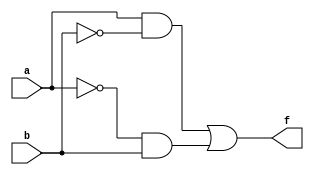
module xor_primitives (
	input a,
	input b,
	output f
	);
	
	wire n0, n1, n2, n3;
	
	not not_0 (n0, a);
	not not_1 (n1, b);
	and and_0 (n2, a, n1);
	and and_1 (n3, n0, b);
	or  or_0  (f, n2, n3);
	
endmodule